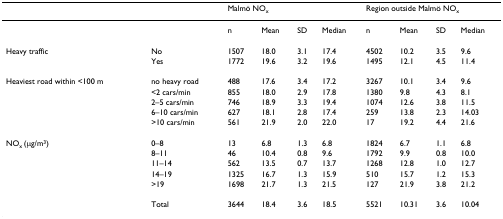
<table><thead><tr><td></td><td></td><td colspan="4"><b>Malmö NO<sub>x</sub></b></td><td colspan="4"><b>Region outside Malmö NO<sub>x</sub></b></td></tr></thead><tbody><tr><td></td><td></td><td>n</td><td>Mean</td><td>SD</td><td>Median</td><td>n</td><td>Mean</td><td>SD</td><td>Median</td></tr><tr><td>Heavy traffic</td><td>No</td><td>1507</td><td>18.0</td><td>3.1</td><td>17.4</td><td>4502</td><td>10.2</td><td>3.5</td><td>9.6</td></tr><tr><td></td><td>Yes</td><td>1772</td><td>19.6</td><td>3.2</td><td>19.6</td><td>1495</td><td>12.1</td><td>4.5</td><td>11.4</td></tr><tr><td>Heaviest road within &lt;100 m</td><td>no heavy road</td><td>488</td><td>17.6</td><td>3.4</td><td>17.2</td><td>3267</td><td>10.1</td><td>3.4</td><td>9.6</td></tr><tr><td></td><td>&lt;2 cars/min</td><td>855</td><td>18.0</td><td>2.9</td><td>17.8</td><td>1380</td><td>9.8</td><td>4.3</td><td>8.1</td></tr><tr><td></td><td>2–5 cars/min</td><td>746</td><td>18.9</td><td>3.3</td><td>19.4</td><td>1074</td><td>12.6</td><td>3.8</td><td>11.5</td></tr><tr><td></td><td>6–10 cars/min</td><td>627</td><td>18.1</td><td>2.8</td><td>17.4</td><td>259</td><td>13.8</td><td>2.3</td><td>14.03</td></tr><tr><td></td><td>&gt;10 cars/min</td><td>561</td><td>21.9</td><td>2.0</td><td>22.0</td><td>17</td><td>19.2</td><td>4.4</td><td>21.6</td></tr><tr><td>NO<sub>x </sub>(μg/m<sup>3</sup>)</td><td>0–8</td><td>13</td><td>6.8</td><td>1.3</td><td>6.8</td><td>1824</td><td>6.7</td><td>1.1</td><td>6.8</td></tr><tr><td></td><td>8–11</td><td>46</td><td>10.4</td><td>0.8</td><td>9.6</td><td>1792</td><td>9.9</td><td>0.8</td><td>10.0</td></tr><tr><td></td><td>11–14</td><td>562</td><td>13.5</td><td>0.7</td><td>13.7</td><td>1268</td><td>12.8</td><td>1.0</td><td>12.7</td></tr><tr><td></td><td>14–19</td><td>1325</td><td>16.7</td><td>1.3</td><td>15.9</td><td>510</td><td>15.7</td><td>1.2</td><td>15.3</td></tr><tr><td></td><td>&gt;19</td><td>1698</td><td>21.7</td><td>1.3</td><td>21.5</td><td>127</td><td>21.9</td><td>3.8</td><td>21.2</td></tr><tr><td></td><td>Total</td><td>3644</td><td>18.4</td><td>3.6</td><td>18.5</td><td>5521</td><td>10.31</td><td>3.6</td><td>10.04</td></tr></tbody></table>